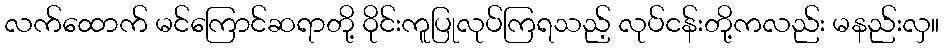
လက်ထောက် မင်ကြောင်ဆရာတို့ ဝိုင်းကူပြုလုပ်ကြရသည့် လုပ်ငန်းတို့ကလည်း မနည်းလှ။